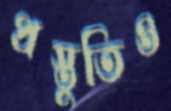
প্রস্তুতিও